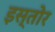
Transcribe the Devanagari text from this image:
इस्तोर